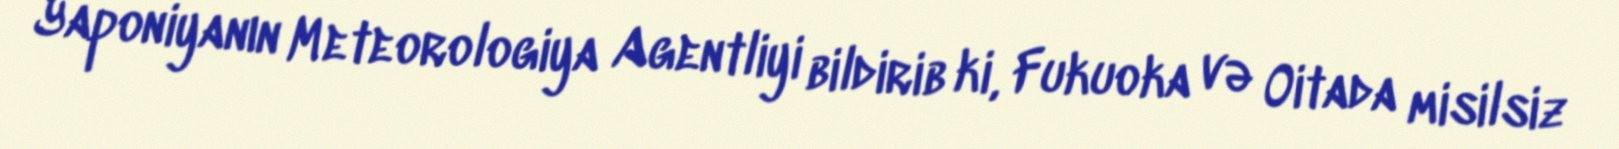
Yaponiyanın Meteorologiya Agentliyi bildirib ki, Fukuoka və Oitada misilsiz